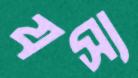
যস্য